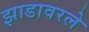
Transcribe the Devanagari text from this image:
झाडावरले